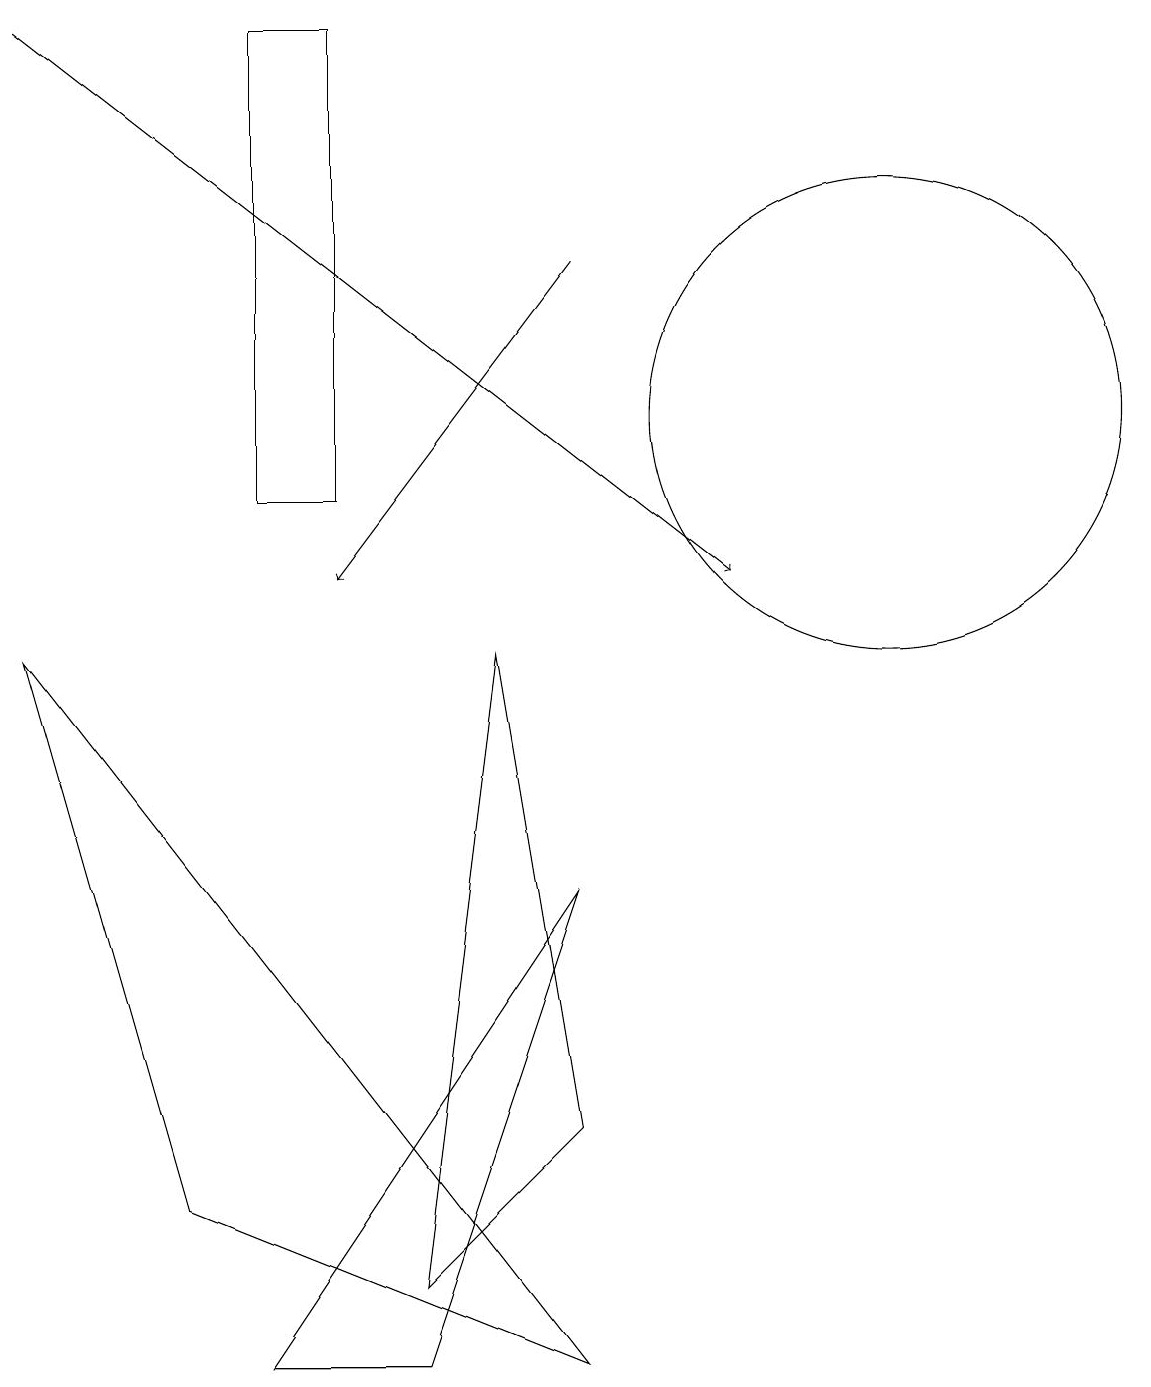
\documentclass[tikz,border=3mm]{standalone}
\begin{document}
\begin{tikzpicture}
\draw (7,3) -- (5,1) -- (6,9) -- cycle;
\draw (0,9) -- (2,2) -- (7,0) -- cycle;
\draw[->] (7,14) -- (4,10);
\draw[->] (0,17) -- (9,10);
\draw (7,6) -- (3,0) -- (5,0) -- cycle;
\draw (11,12) circle (3);
\draw (4,17) rectangle (3,11);
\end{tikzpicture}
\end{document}